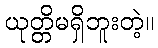
ယုတ္တိမရှိဘူးတဲ့။